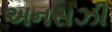
અનસઝી